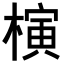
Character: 𣘹